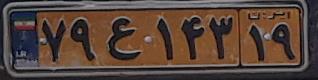
۷۹ع۱۴۳۱۹